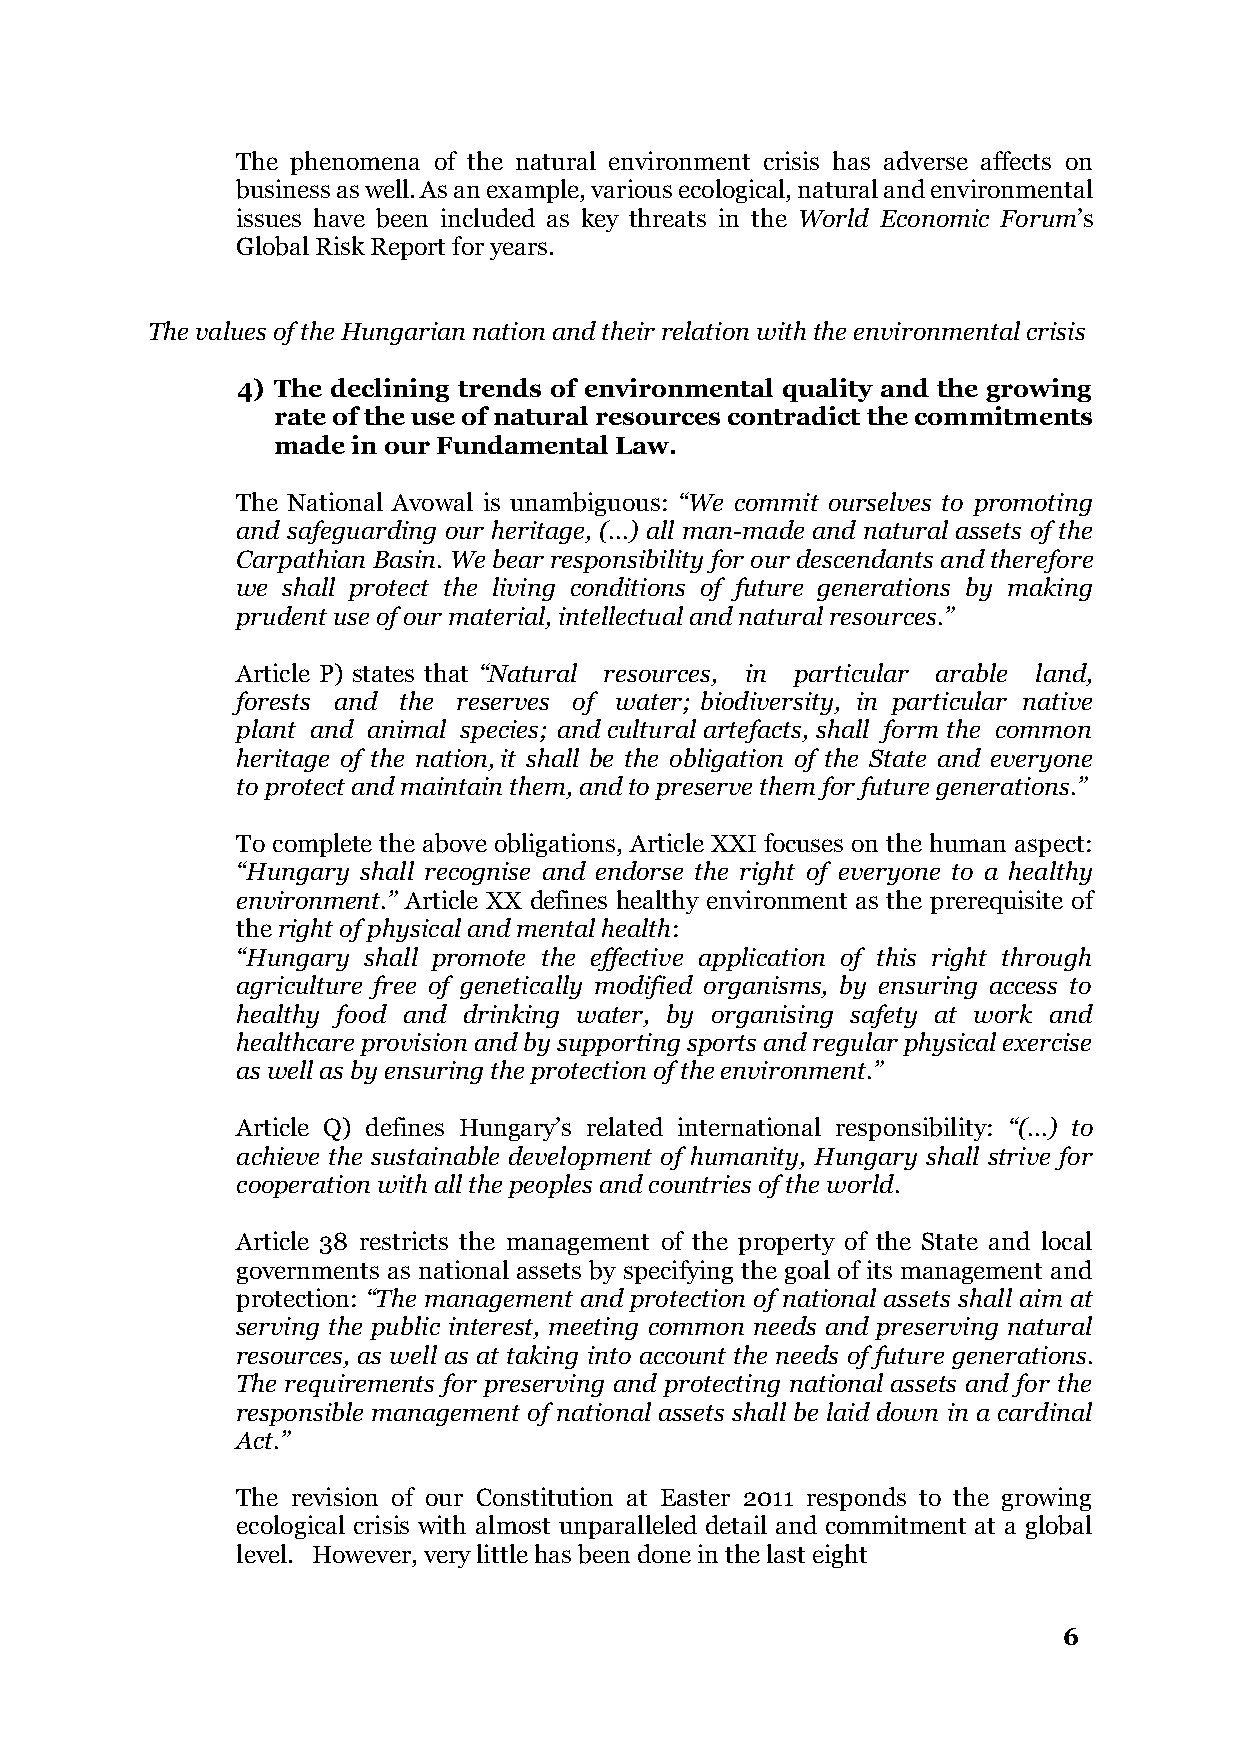
The phenomena of the natural environment crisis has adverse affects on
 business as well. As an example, various ecological, natural and environmental
 issues have been included as key threats in the World Economic Forum’s
 Global Risk Report for years.
 The values of the Hungarian nation and their relation with the environmental crisis
 4) The declining trends of environmental quality and the growing
 rate of the use of natural resources contradict the commitments
 made in our Fundamental Law.
 The National Avowal is unambiguous: “We commit ourselves to promoting
 and safeguarding our heritage, (...) all man-made and natural assets of the
 Carpathian Basin. We bear responsibility for our descendants and therefore
 we shall protect the living conditions of future generations by making
 prudent use of our material, intellectual and natural resources.”
 Article P) states that “Natural resources, in particular arable land,
 forests and the reserves of water; biodiversity, in particular native
 plant and animal species; and cultural artefacts, shall form the common
 heritage of the nation, it shall be the obligation of the State and everyone
 to protect and maintain them, and to preserve them for future generations.”
 To complete the above obligations, Article XXI focuses on the human aspect:
 “Hungary shall recognise and endorse the right of everyone to a healthy
 environment.” Article XX defines healthy environment as the prerequisite of
 the right of physical and mental health:
 “Hungary shall promote the effective application of this right through
 agriculture free of genetically modified organisms, by ensuring access to
 healthy food and drinking water, by organising safety at work and
 healthcare provision and by supporting sports and regular physical exercise
 as well as by ensuring the protection of the environment.”
 Article Q) defines Hungary’s related international responsibility: “(...) to
 achieve the sustainable development of humanity, Hungary shall strive for
 cooperation with all the peoples and countries of the world.
 Article 38 restricts the management of the property of the State and local
 governments as national assets by specifying the goal of its management and
 protection: “The management and protection of national assets shall aim at
 serving the public interest, meeting common needs and preserving natural
 resources, as well as at taking into account the needs of future generations.
 The requirements for preserving and protecting national assets and for the
 responsible management of national assets shall be laid down in a cardinal
 Act.”
 The revision of our Constitution at Easter 2011 responds to the growing
 ecological crisis with almost unparalleled detail and commitment at a global
 level. However, very little has been done in the last eight
 6